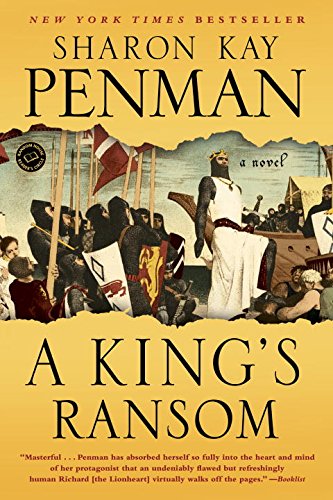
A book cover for A King's Ransom: A Novel; Sharon Kay Penman; Literature & Fiction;